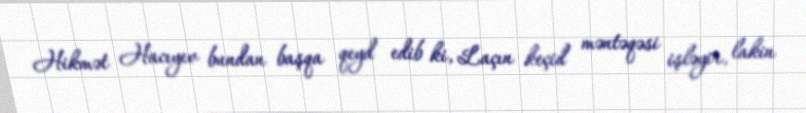
Hikmət Hacıyev bundan başqa qeyd edib ki, Laçın keçid məntəqəsi işləyir, lakin